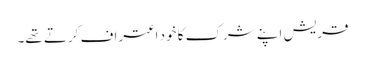
قریش اپنے شرک کا خود اعتراف کرتے تھے۔